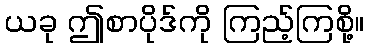
ယခု ဤစာပိုဒ်ကို ကြည့်ကြစို့။